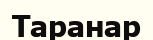
Таранар